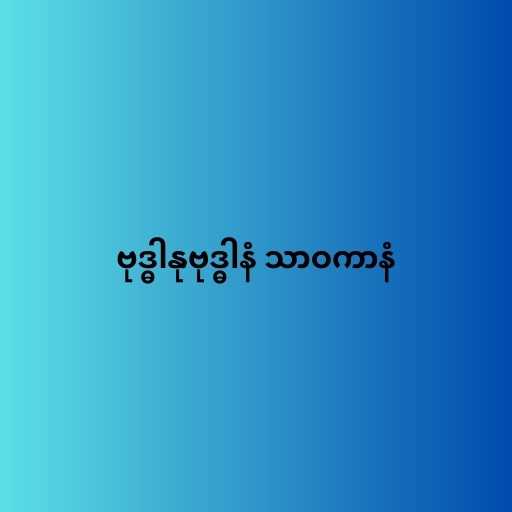
ဗုဒ္ဓါနုဗုဒ္ဓါနံ သာဝကာနံ